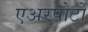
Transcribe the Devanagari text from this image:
एअरपोर्टों